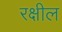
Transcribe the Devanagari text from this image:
रक्षील